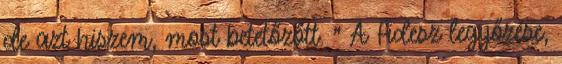
de azt hiszem, most betetőzőtt. " A Fidesz legyőzése,